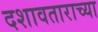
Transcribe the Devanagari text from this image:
दशावताराच्या